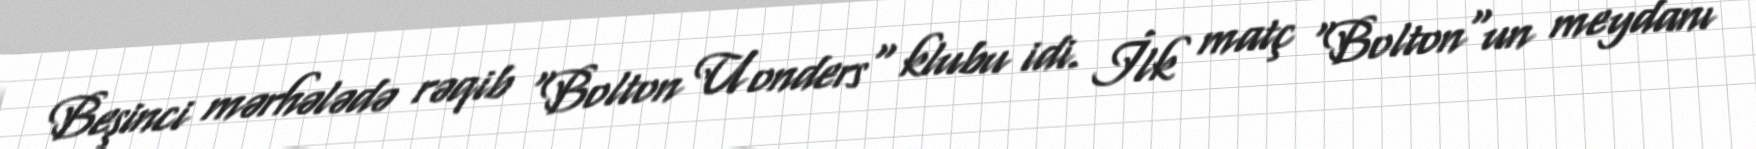
Beşinci mərhələdə rəqib "Bolton Uonders" klubu idi. İlk matç "Bolton"un meydanı